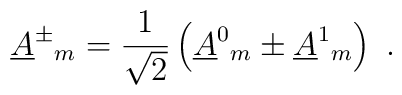
\underline{A}^\pm {}_m=\frac{1}{\sqrt{2}}\left(\underline{A}^0{}_m\pm \underline{A}^1{}_m\right)\ .